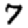
Digit: 7